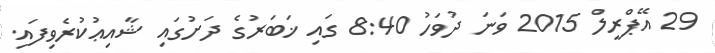
29 އޭޕްރީލް 2015 ވަނަ ދުވަހު 8:40 ގައި ޚަބަރުގެ ދަށުގައި ޝާއިޢުކުރެވިފައި.